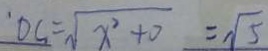
O C = \sqrt { x ^ { 2 } + 0 } = \sqrt { 5 }